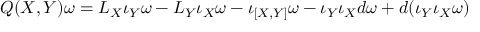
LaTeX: Q ( X , Y ) \omega = { \cal L } _ { X } \iota _ { Y } \omega - { \cal L } _ { Y } \iota _ { X } \omega - \iota _ { [ X , Y ] } \omega - \iota _ { Y } \iota _ { X } d \omega + d ( \iota _ { Y } \iota _ { X } \omega )